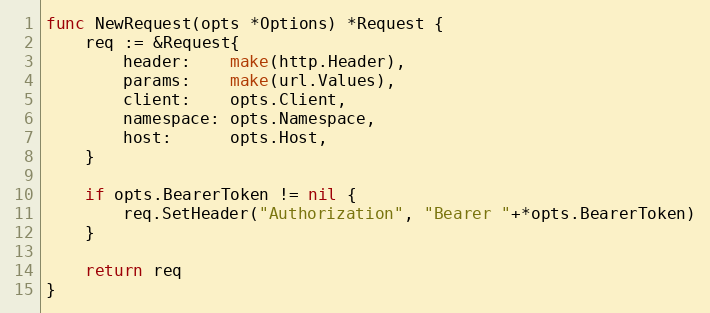
Language: Go
func NewRequest(opts *Options) *Request {
	req := &Request{
		header:    make(http.Header),
		params:    make(url.Values),
		client:    opts.Client,
		namespace: opts.Namespace,
		host:      opts.Host,
	}

	if opts.BearerToken != nil {
		req.SetHeader("Authorization", "Bearer "+*opts.BearerToken)
	}

	return req
}